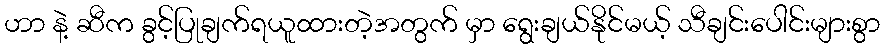
ဟာ နဲ့ ဆီက ခွင့်ပြုချက်ရယူထားတဲ့အတွက် မှာ ရွေးချယ်နိုင်မယ့် သီချင်းပေါင်းများစွာ